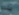
بينجو